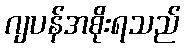
ဂျပန်အစိုးရသည်